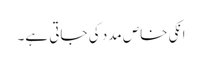
انکی خاص مدد کی جاتی ہے۔